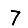
Digit: 7